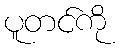
ပူတင်ကို